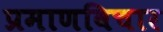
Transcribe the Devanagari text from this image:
प्रमाणविचार